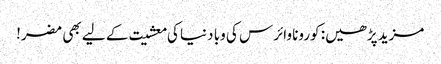
مزید پڑھیں: کورونا وائرس کی وبا دنیا کی معشیت کے لیے بھی مضر!